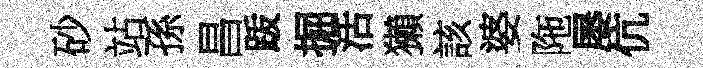
砂站孫昌䟦掘活獺該婆陁屡伉